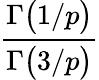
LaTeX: \displaystyle\frac{\Gamma\big(1/p\big)}{\Gamma\big(3/p\big)}